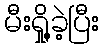
မီးရှို့ခဲ့ပြီး